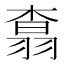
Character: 𮋆